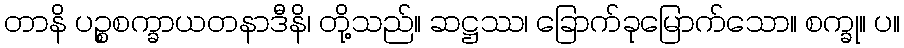
တာနိ ပဉ္စစက္ခာယတနာဒီနိ၊ တို့သည်။ ဆဋ္ဌဿ၊ ခြောက်ခုမြောက်သော။ စက္ခု။ ပ။